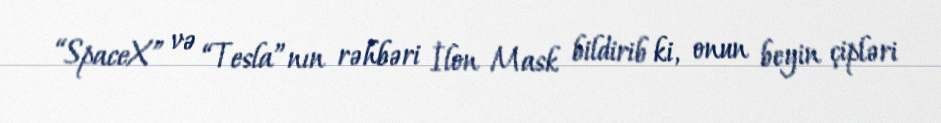
“SpaceX” və “Tesla”nın rəhbəri İlon Mask bildirib ki, onun beyin çipləri